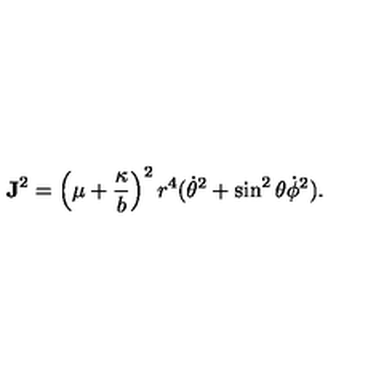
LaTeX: { \bf J } ^ { 2 } = \left( \mu + { \frac { \kappa } { b } } \right) ^ { 2 } r ^ { 4 } ( \dot { \theta } ^ { 2 } + \sin ^ { 2 } \theta \dot { \phi } ^ { 2 } ) .